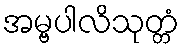
အမ္ဗပါလိသုတ္တံ